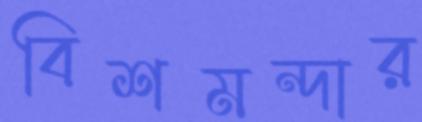
বিশমন্দার